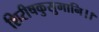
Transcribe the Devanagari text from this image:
शिरीषकुसुमानि।।